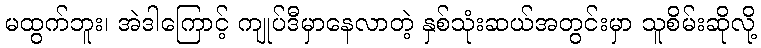
မထွက်ဘူး၊ အဲဒါကြောင့် ကျုပ်ဒီမှာနေလာတဲ့ နှစ်သုံးဆယ်အတွင်းမှာ သူစိမ်းဆိုလို့